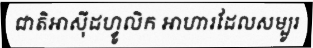
ជាតិអាស៊ីដហ្វូលិក អាហារដែលសម្បូរ